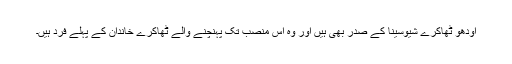
اودھو ٹھاکرے شیوسینا کے صدر بھی ہیں اور وہ اس منصب تک پہنچنے والے ٹھاکرے خاندان کے پہلے فرد ہیں۔